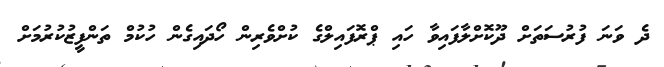
ދެ ވަނަ ފުރުސަތަށް ދޫކޮށްލާފައިވާ ހައި ޕްރޮފައިލްގެ ކުށްވެރިން ހޯދައިގެން ހުކުމް ތަންފީޒުކުރުމަށް